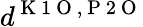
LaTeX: d^{\mathrm{~K~1~O~},\mathrm{~P~2~O~}}